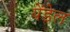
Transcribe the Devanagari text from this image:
येंडेल